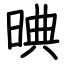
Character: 晪